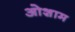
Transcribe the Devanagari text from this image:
ओशाम